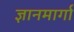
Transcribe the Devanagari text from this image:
ज्ञानमार्गा